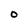
Character: 0